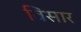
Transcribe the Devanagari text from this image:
विसार